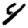
Digit: 4